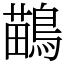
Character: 鶓